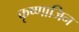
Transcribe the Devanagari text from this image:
कृष्णाजिन